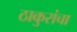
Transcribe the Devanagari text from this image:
ठाकुरांचा